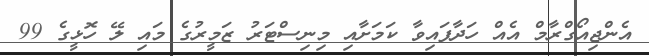
އެންޖިއޯގްރާމް އެއް ހަދާފައިވާ ކަމަށާއި މިނިސްޓަރު ޒަމީރުގެ މައި ލޭ ހޮޅީގެ 99